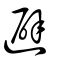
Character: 避